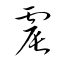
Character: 震